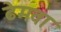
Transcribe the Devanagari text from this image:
ढेमवा